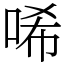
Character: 唏